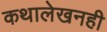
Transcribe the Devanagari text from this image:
कथालेखनही